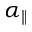
\alpha _ { \parallel }